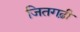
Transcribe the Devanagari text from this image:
जितगढ़ी